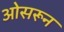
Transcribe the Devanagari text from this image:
ओसरून